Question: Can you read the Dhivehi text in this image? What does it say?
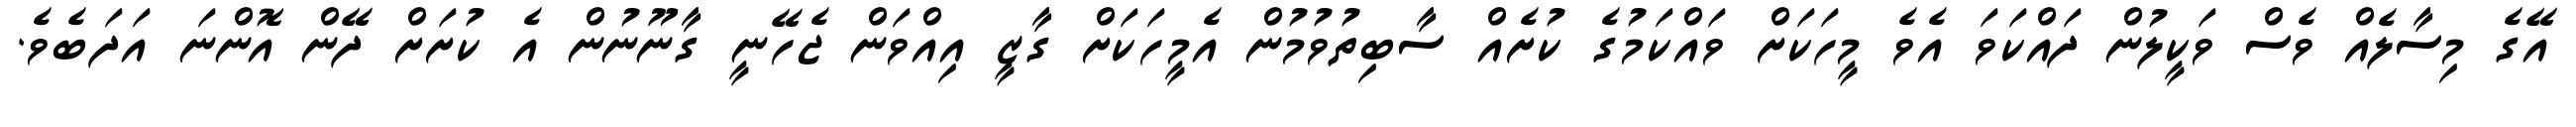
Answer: އޭގެ މިސާލެއް ވެސް ވަކީލުން ދައްކަވަ އެވެ މީހަކަށް ވައްކަމުގެ ކުށެއް ސާބިތުވުމުން އެމީހަކަށް ގާޒީ އިއްވަން ޖެހޭނީ ގާނޫނުން އެ ކުށަށް ދޭން އޮންނަ އަދަބެވެ.